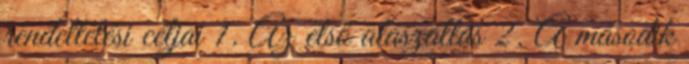
rendeltetési céljai 1. Az első alászállás 2. A második